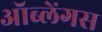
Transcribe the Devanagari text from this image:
ऑब्लेंगस